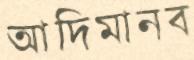
আদিমানব